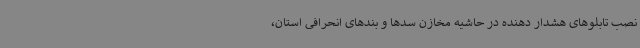
نصب تابلوهای هشدار دهنده در حاشیه مخازن سدها و بندهای انحرافی استان،